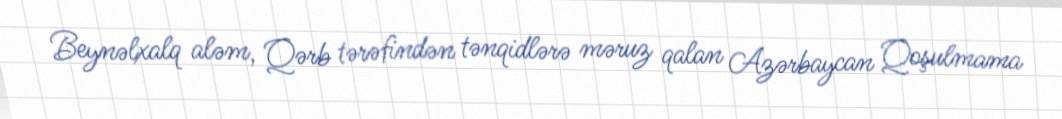
Beynəlxalq aləm, Qərb tərəfindən tənqidlərə məruz qalan Azərbaycan Qoşulmama